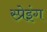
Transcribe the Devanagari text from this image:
स्प्रेइंग